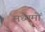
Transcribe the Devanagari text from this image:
मध्यमों